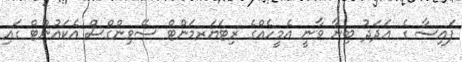
ފައިސާ ގެ ޢަދަދު ބިނާ ވާނީ އެމީހެއްގެ ރިޓަޔަރމަންޓް ސޭވިންގްސް އެކައުންޓް ގައި